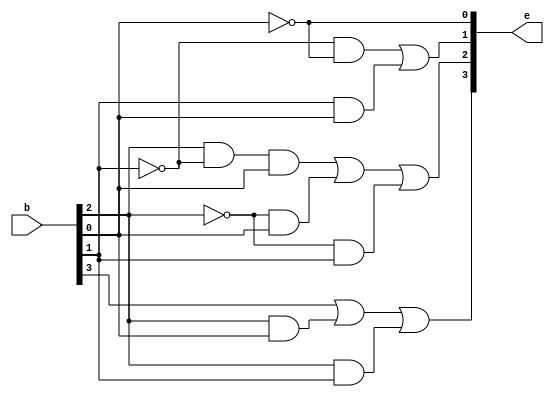
module bcdtogray(b,e);
input [3:0]b;
output [3:0]e;
assign e[3] = b[3]|(b[2]&b[0])|(b[2]&b[1]);
assign e[2] = (b[2]&~b[1]&&b[0])|(~b[2]&&b[0])|(~b[2]&&b[1]);
assign e[1] = (~b[1]&~b[0])|(b[1]&b[0]);
assign e[0] = (~b[0]);
endmodule